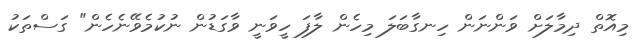
މިއޮތް ދިމާލަށް ވަންނަން ހިނގާބަލަ މިހެން ލާފަ ހީވަނީ ވާގަޑުން ނުކުމެވޭނެހެން" ގަސްތަކު